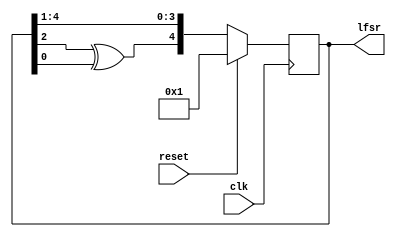
module lfsr(clk, reset, lfsr);
input clk, reset;
output reg [4:0] lfsr= 5'b00_001;// initialize at 1

always@(posedge clk)begin
    if(reset)begin
        lfsr <= 5'b00_001;// reset back to 1
    end
    else begin
        // most sig bit is XORed, and rest is shifted
        // 4 to posuition 3, 3 to position 2 etc...
        lfsr <= {lfsr[2]^lfsr[0], lfsr[4:1]};
    end
end

endmodule